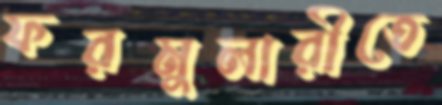
ফরমুলারীতে